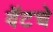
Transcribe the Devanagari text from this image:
वॅटचे